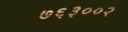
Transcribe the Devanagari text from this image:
७६३००२